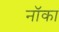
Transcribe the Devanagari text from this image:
नॉका